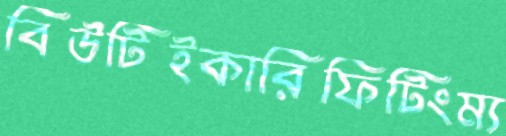
বিউটিইকারিফিটিংম্য